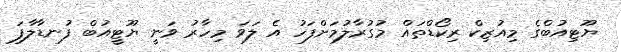
ޔޫޓިއުބްގެ މިއުޒިކް ރިކޯޑްތައް މުގުރާލުމަށްފަހު އެ ލަވަ މިހާރު ވަނީ ޔޫޓީއުބް ފުނޑާލާފަ